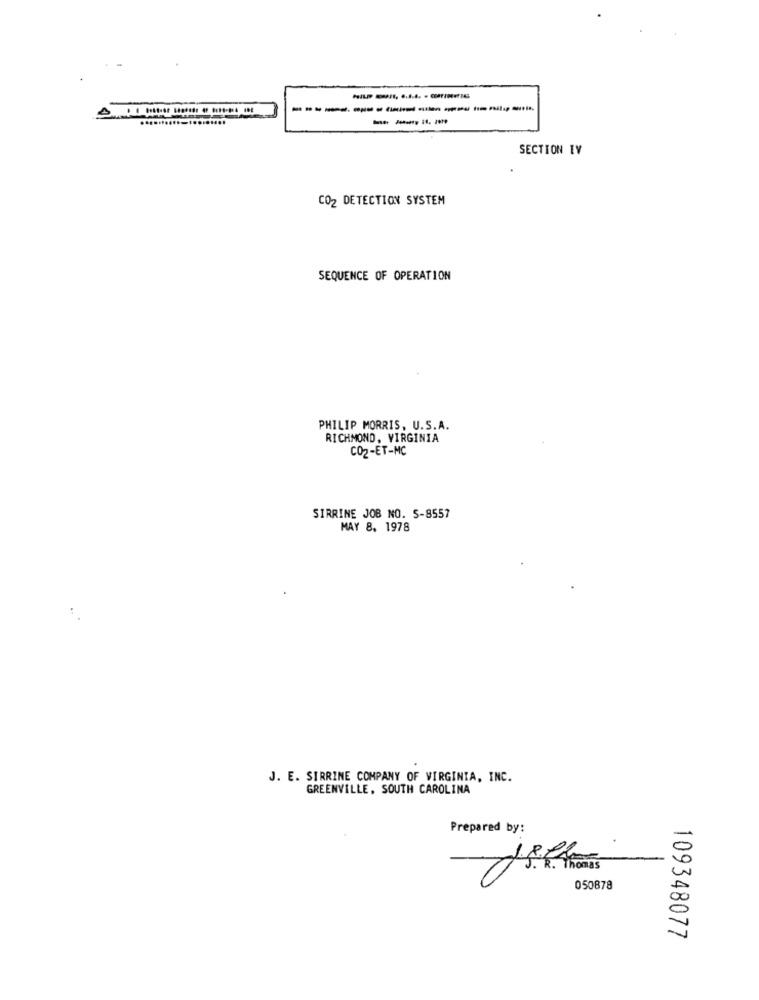
------------------
SECTION IV
CO2 DETECTION SYSTEM
SEQUENCE OF OPERATION
PHILIP MORRIS, U.S.A.
RICHMOND, VIRGINIA
CO2-ET-MC
SIRRINE JOB NO. S-8557
MAY 8. 1978
J. E. SIRRINE COMPANY OF VIRGINIA, INC.
GREENVILLE, SOUTH CAROLINA
Prepared by:
050878
109348077